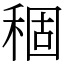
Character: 稒